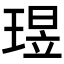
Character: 𬍶